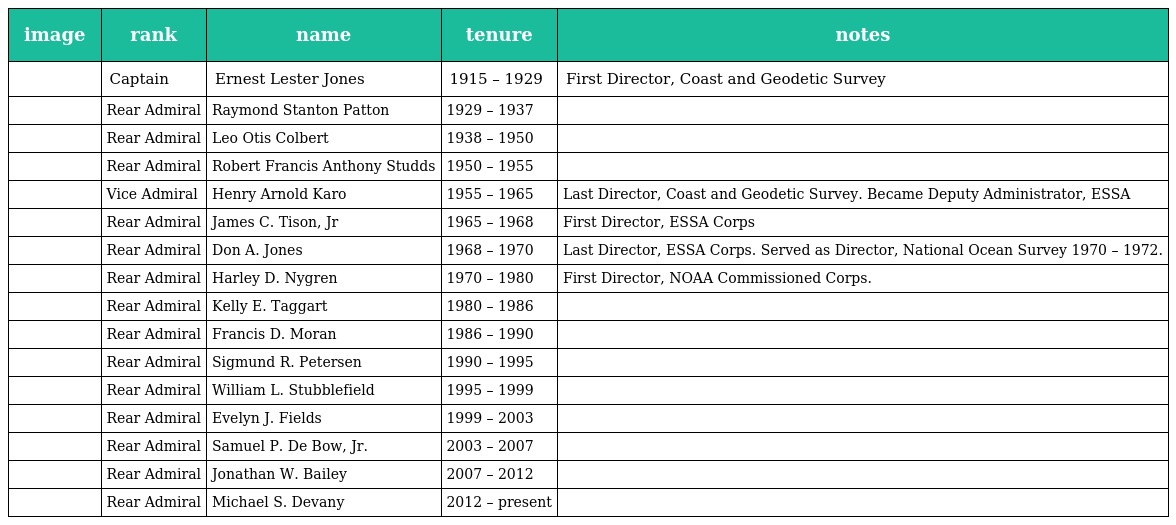
| image | rank | name | tenure | notes |
 | --- | --- | --- | --- | --- |
 |  | Captain | Ernest Lester Jones | 1915 – 1929 | First Director, Coast and Geodetic Survey |
 |  | Rear Admiral | Raymond Stanton Patton | 1929 – 1937 |  |
 |  | Rear Admiral | Leo Otis Colbert | 1938 – 1950 |  |
 |  | Rear Admiral | Robert Francis Anthony Studds | 1950 – 1955 |  |
 |  | Vice Admiral | Henry Arnold Karo | 1955 – 1965 | Last Director, Coast and Geodetic Survey. Became Deputy Administrator, ESSA |
 |  | Rear Admiral | James C. Tison, Jr | 1965 – 1968 | First Director, ESSA Corps |
 |  | Rear Admiral | Don A. Jones | 1968 – 1970 | Last Director, ESSA Corps. Served as Director, National Ocean Survey 1970 – 1972. |
 |  | Rear Admiral | Harley D. Nygren | 1970 – 1980 | First Director, NOAA Commissioned Corps. |
 |  | Rear Admiral | Kelly E. Taggart | 1980 – 1986 |  |
 |  | Rear Admiral | Francis D. Moran | 1986 – 1990 |  |
 |  | Rear Admiral | Sigmund R. Petersen | 1990 – 1995 |  |
 |  | Rear Admiral | William L. Stubblefield | 1995 – 1999 |  |
 |  | Rear Admiral | Evelyn J. Fields | 1999 – 2003 |  |
 |  | Rear Admiral | Samuel P. De Bow, Jr. | 2003 – 2007 |  |
 |  | Rear Admiral | Jonathan W. Bailey | 2007 – 2012 |  |
 |  | Rear Admiral | Michael S. Devany | 2012 – present |  |